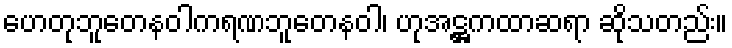
ဟေတုဘူတေနဝါကရဏဘူတေနဝါ၊ ဟုအဋ္ဌကထာဆရာ ဆိုသတည်း။